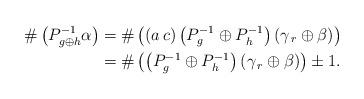
LaTeX: \begin{align*} \#\left(P_{g\oplus h}^{-1}\alpha\right)&=\#\left((a\,c) \left(P_{g}^{-1}\oplus P_{h}^{-1}\right)\left(\gamma_{\, r}\oplus \beta\right) \right)\\ &=\#\left(\left(P_{g}^{-1}\oplus P_{h}^{-1}\right)\left(\gamma_{\, r}\oplus \beta\right)\right)\pm 1.\end{align*}